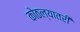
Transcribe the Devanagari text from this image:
कोठल्यातरी